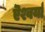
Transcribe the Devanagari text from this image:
ऎश्वर्या